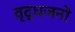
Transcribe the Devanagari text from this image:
वृद्धजनो